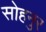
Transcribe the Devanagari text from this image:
सोहनुर